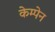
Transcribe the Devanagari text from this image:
केम्पेन